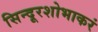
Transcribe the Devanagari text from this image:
सिन्दूरशोभाकरं